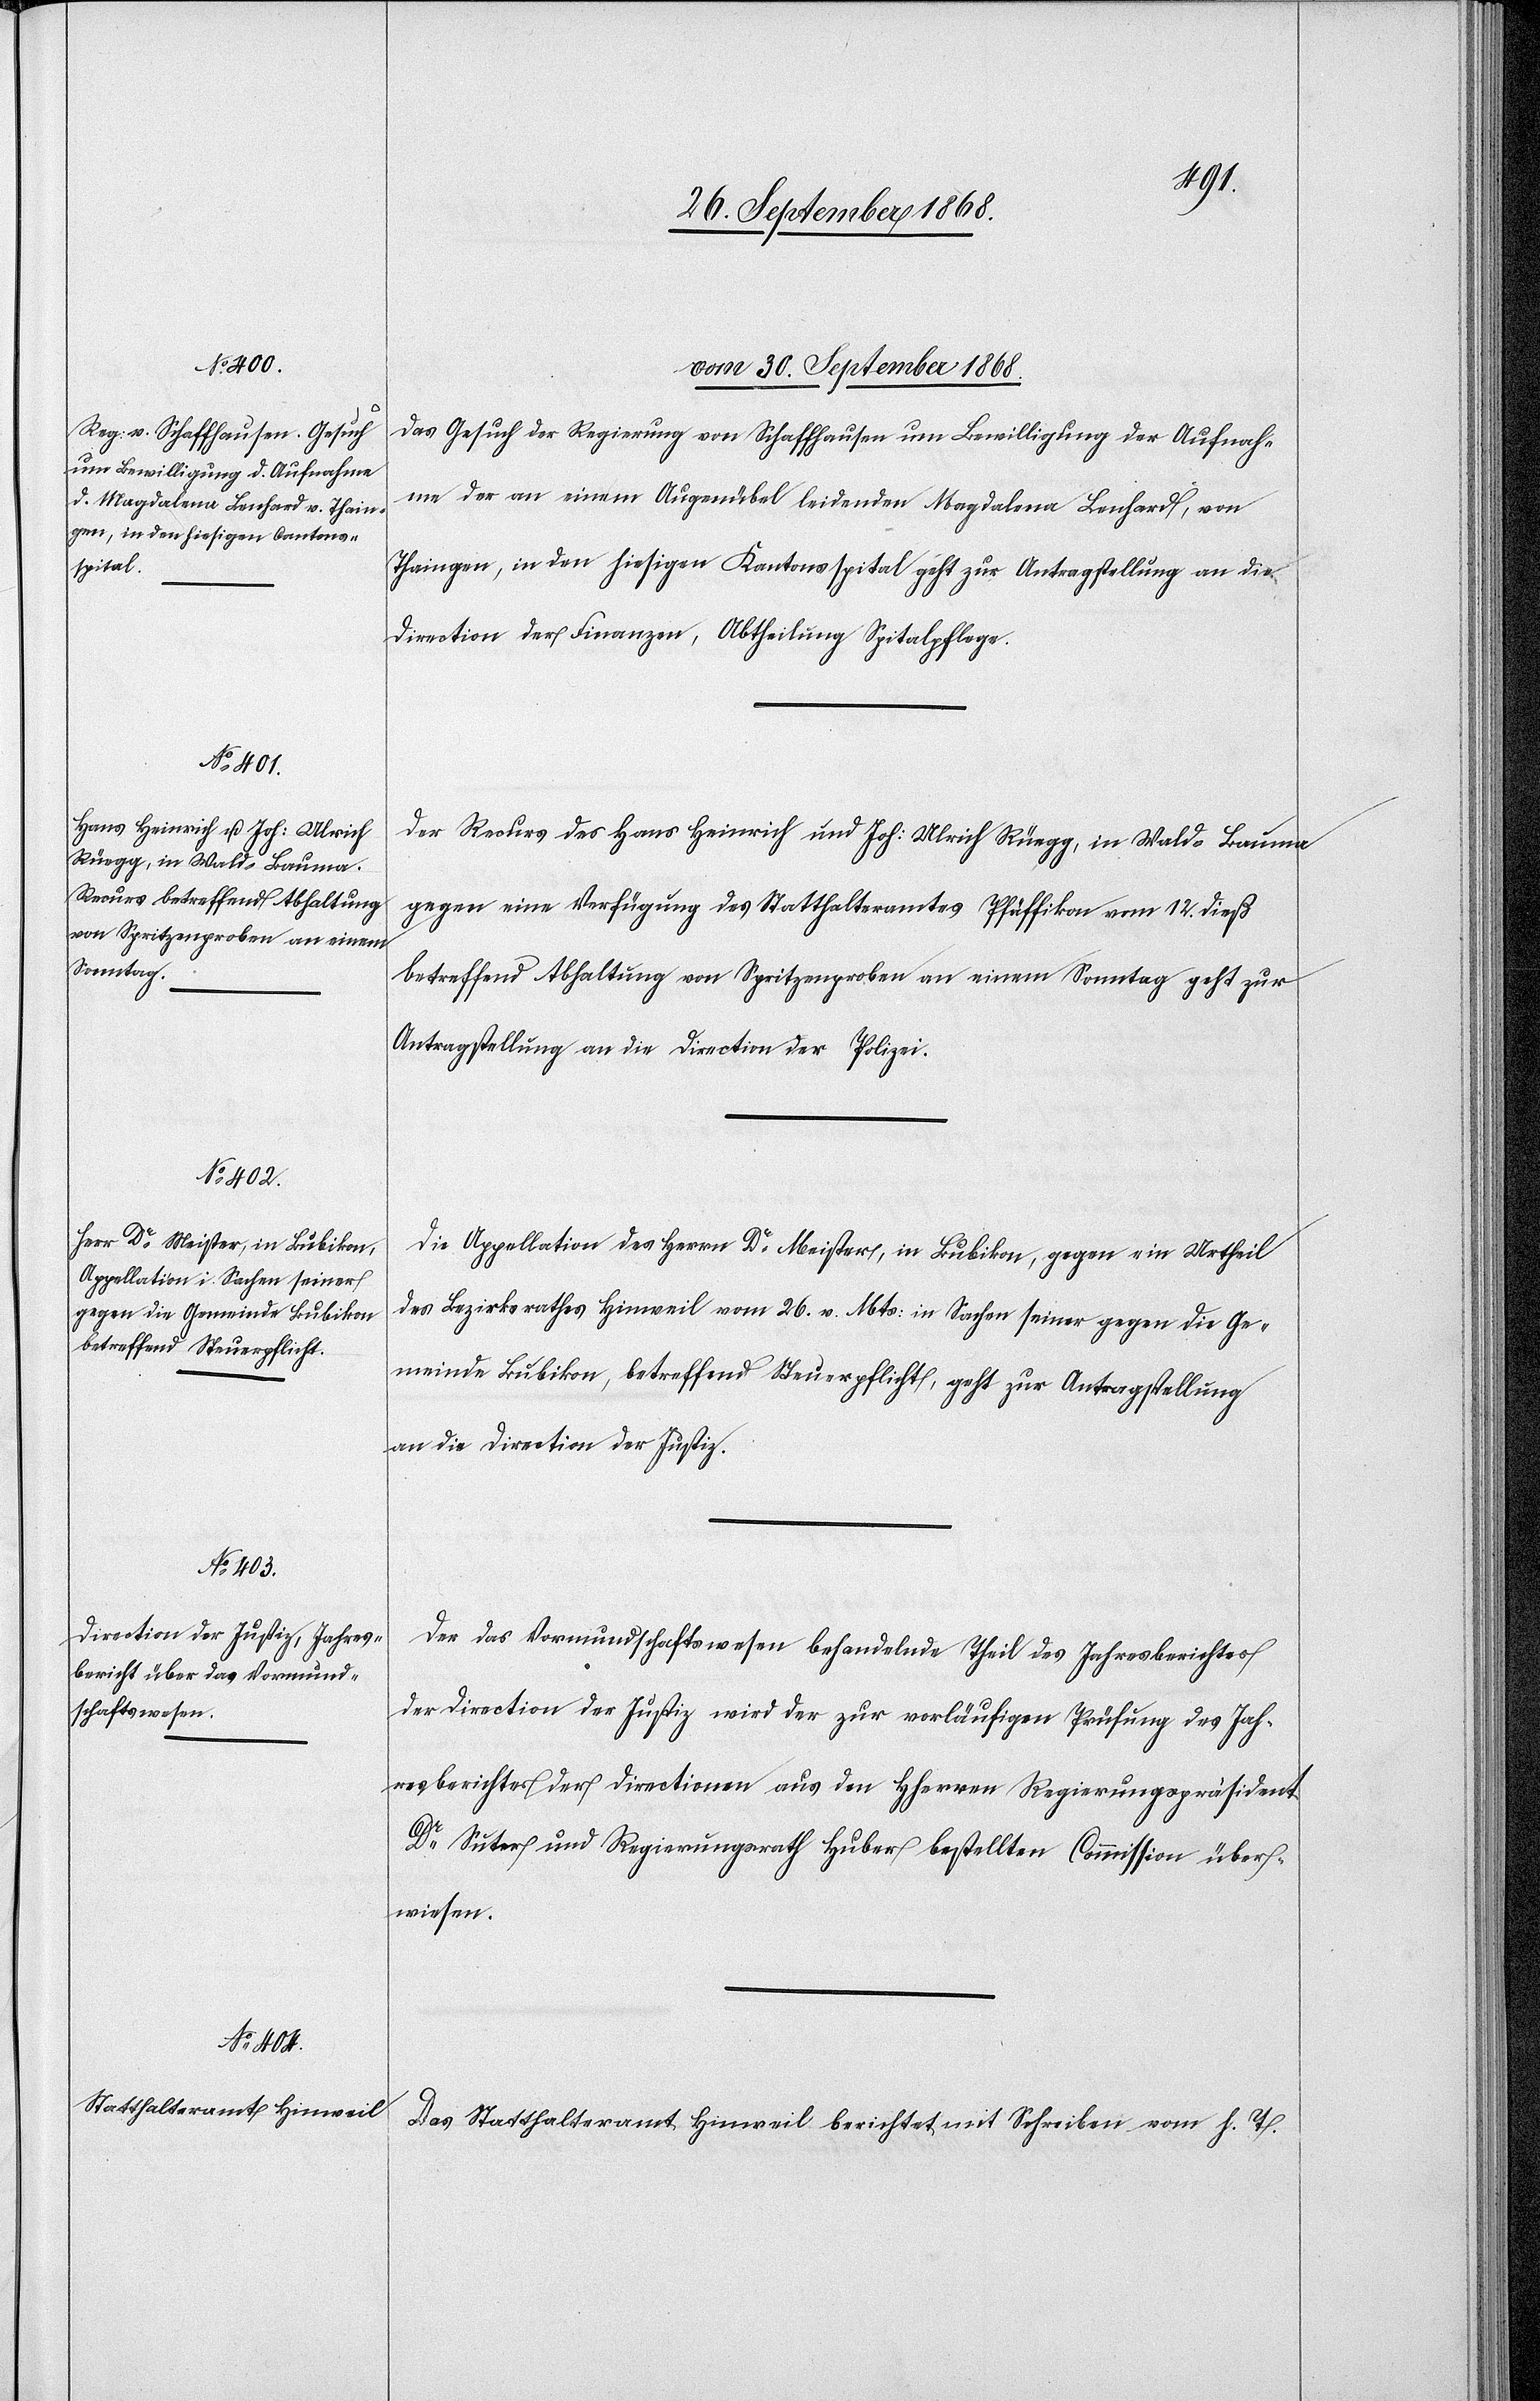
vom 30. September 1868.]
Das Gesuch der Regierung von Schaffhausen um Bewilligung der Aufnah¬
me der an einem Augenübel leidenden Magdalena Lenhard, von
Thaingen, in den hiesigen Kantonsspital geht zur Antragstellung an die
Direction der Finanzen, Abtheilung Spitalpflege.
Der Recurs des Hans Heinrich und Joh: Ulrich Rüegg, in Wald - Bauma
gegen eine Verfügung des Statthalteramtes Pfäffikon vom 12. dieß
betreffend Abhaltung von Spritzenproben an einem Sonntag geht zur
Antragstellung an die Direction der Polizei.
Die Appellation des Herrn Dr Meister, in Bubikon, gegen ein Urtheil
des Bezirksrathes Hinweil vom 26. v. Mts: in Sachen seiner gegen die Ge¬
meinde Bubikon, betreffend Steuerpflicht, geht zur Antragstellung
an die Direction der Justiz.
Der das Vormundschaftswesen behandelnde Theil des Jahresberichtes
der Direction der Justiz wird der zur vorläufigen Prüfung des Jah¬
resberichtes der Directionen aus den Hherren Regierungspräsident
Dr Suter und Regierungsrath Huber bestellten Commission über¬
wiesen.
Das Statthalteramt Hinweil berichtet mit Schreiben vom h. T.